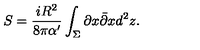
S = \frac { i R ^ { 2 } } { 8 \pi \alpha ^ { \prime } } \int _ { \Sigma } \partial x \bar { \partial } x d ^ { 2 } z .